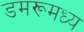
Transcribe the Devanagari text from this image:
डमरूमध्य